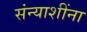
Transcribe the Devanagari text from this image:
संन्याशींना